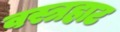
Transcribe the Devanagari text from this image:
वस्त्रहाट